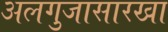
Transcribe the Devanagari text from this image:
अलगुजासारखा